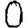
Digit: 0